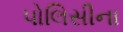
પોલિસીના